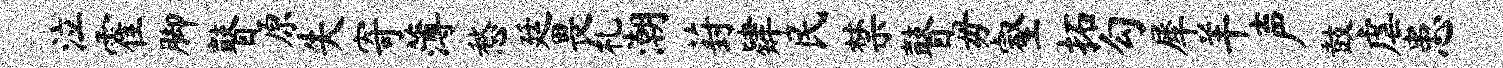
泣霍脚瞽原失寄薄愁廷畏札潮葑肄民禁瞽毋壑拓勾犀羊声鼓虐患